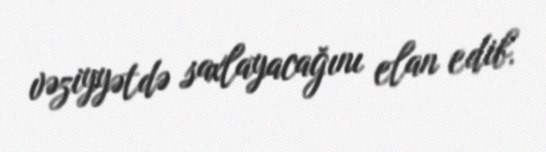
vəziyyətdə saxlayacağını elan edib.